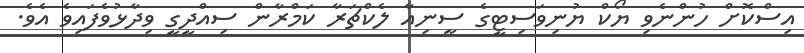
އިސްކޮށް ހުންނެވި ޔޯކް ޔުނިވަސިޓީގެ ސީނިއާ ލެކްޗަރާ ކަމްރާން ސިއްދީގީ ވިދާޅުވެފައިވެ އެވެ.